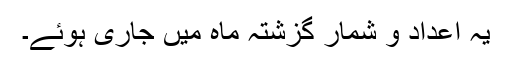
یہ اعداد و شمار گزشتہ ماہ میں جاری ہوئے۔